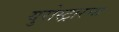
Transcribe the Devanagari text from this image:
युरोस्ट्रारचा